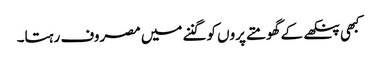
کبھی پنکھے کے گھومتے پروں کو گننے میں مصروف رہتا۔